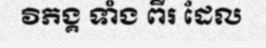
វិភង្គ ទាំង ពីរ ដែល